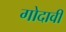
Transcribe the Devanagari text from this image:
गोदावी